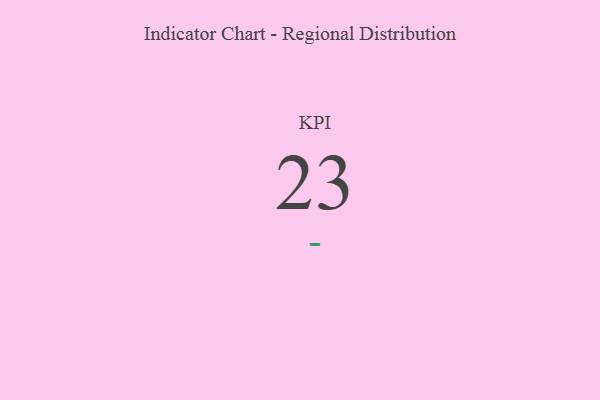
{"axis": {"x": "KPI", "y": "Value"}, "legend": [""], "data": [{"x": "KPI", "y": 23, "type": ""}]}